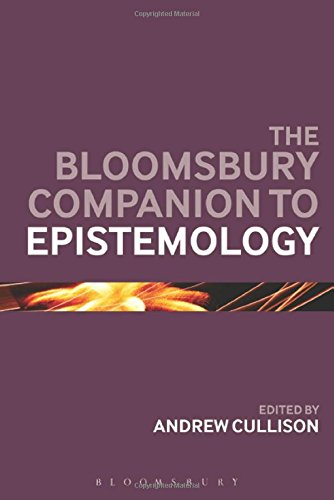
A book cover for The Bloomsbury Companion to Epistemology (Bloomsbury Companions); Politics & Social Sciences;